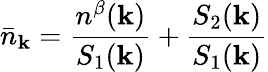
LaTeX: {\bar{n}}_{{\mathbf{k}}}=\frac{n^{\beta}({\mathbf{k}})}{S_{1}({\mathbf{k}})}+\frac{S_{2}({\mathbf{k}})}{S_{1}({\mathbf{k}})}